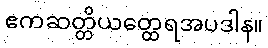
ဧကဆတ္တိယတ္ထေရအပဒါန။